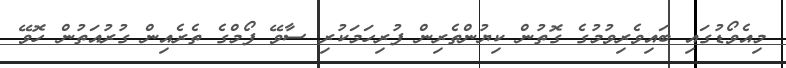
މިއެވޯޑުގައި ބައިވެރިވުމުގެ ގޮތުން ކިޔުންތެރިން ފުރިހަމަކުރި ސާވޭ ފޯމްގެ ތެރެއިން ގުރުއަތުން ހޮވޭ